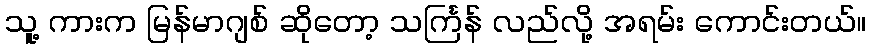
သူ့ ကားက မြန်မာဂျစ် ဆိုတော့ သင်္ကြန် လည်လို့ အရမ်း ကောင်းတယ်။